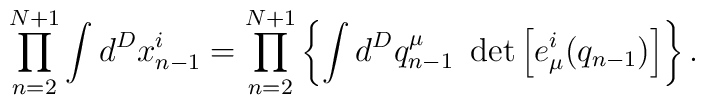
\prod_{n=2}^{N+1} \int d^Dx_{n-1}^i =\prod_{n=2}^{N+1}\left\{\int d^Dq_{n-1}^\mu~\det\left[e_\mu^i(q_{n-1})\right] \right\}.